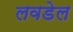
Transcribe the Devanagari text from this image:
लवडेल